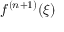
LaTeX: f ^ { ( n + 1 ) } ( \xi )